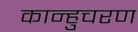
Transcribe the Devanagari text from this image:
कान्हुचरण